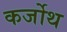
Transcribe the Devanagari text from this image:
कर्जोथ